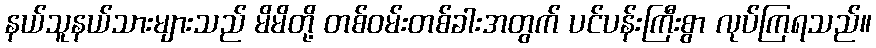
နယ်သူနယ်သားများသည် မိမိတို့ တစ်ဝမ်းတစ်ခါးအတွက် ပင်ပန်းကြီးစွာ လုပ်ကြရသည်။